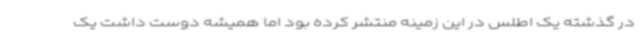
در گذشته یک اطلس در این زمینه منتشر کرده بود اما همیشه دوست داشت یک